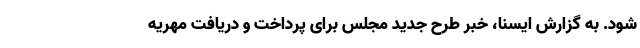
شود. به گزارش ایسنا، خبر طرح جدید مجلس برای پرداخت و دریافت مهریه